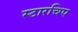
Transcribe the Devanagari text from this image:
स्टारचिप